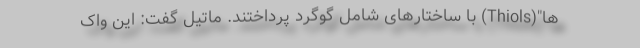
‌ها"(Thiols) با ساختارهای شامل گوگرد پرداختند. ماتیل گفت: این واک